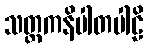
သတ္တကနိပါတပါဠိ